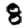
Digit: 8